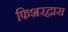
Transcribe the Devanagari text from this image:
फिशरद्वारा